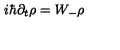
i \hbar \partial _ { t } \rho = W _ { - } \rho